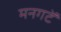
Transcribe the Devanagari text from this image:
मनगटें